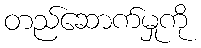
တည်ဆောက်မှုကို